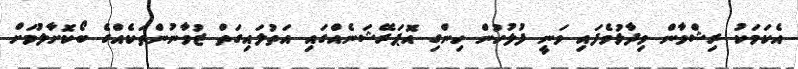
އެކަމަކު ރިޝްވާން ވިދާޅުވެފައި ވަނީ ފުލުހުން ހިންގި އޮޕަރޭޝަނެއްގައި އަތުލައިގަތް ޒުވާނުންތަކެއްގެ ބޯކޮށާލުމަށް